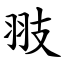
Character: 翄